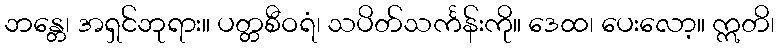
ဘန္တေ၊ အရှင်ဘုရား။ ပတ္တစီဝရံ၊ သပိတ်သင်္ကန်းကို။ ဒေထ၊ ပေးလော့။ ဣတိ၊